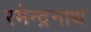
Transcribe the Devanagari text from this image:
रमेन्द्रनाथ